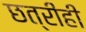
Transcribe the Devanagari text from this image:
छत्रीही